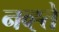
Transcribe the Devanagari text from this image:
नव्ह्ते